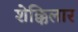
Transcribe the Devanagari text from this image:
शेक्किलार